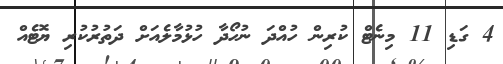
4 ގަޑި 11 މިނެޓް ކުރިން ހުއްދަ ނުހޯދާ ހުޅުމާލެއަށް ދަތުރުކުރި ޔޮޓެއް